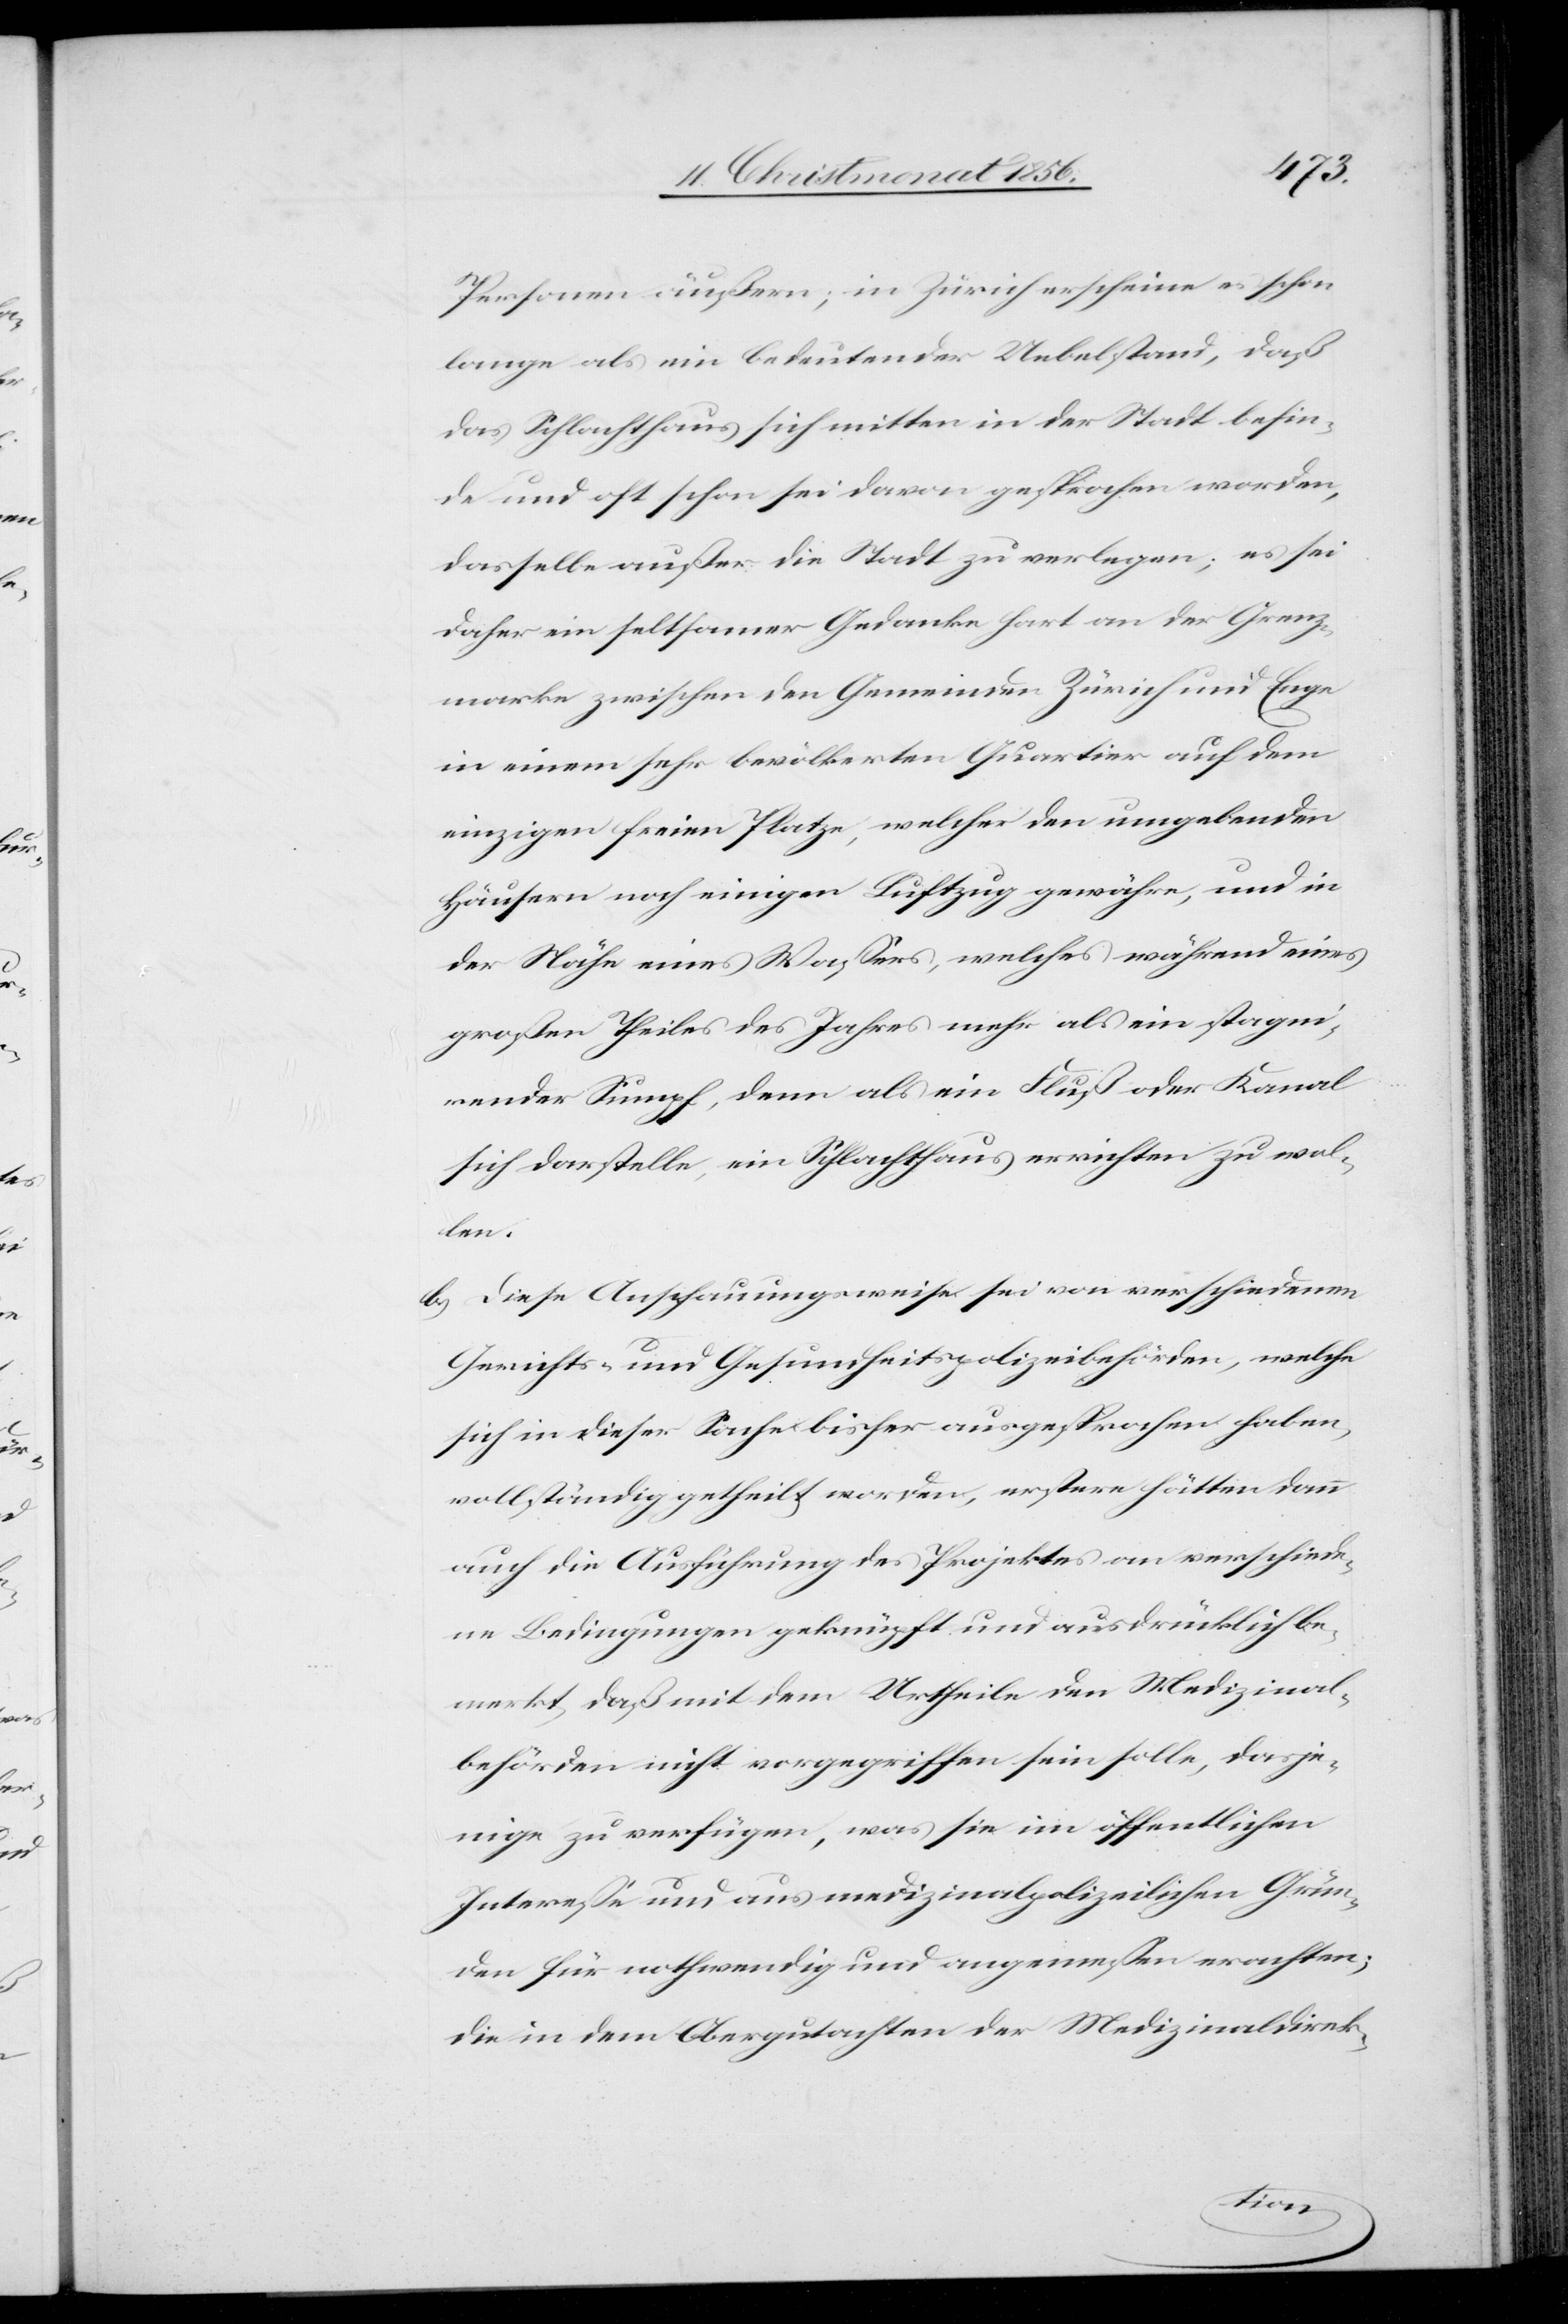
Personen äußern; in Zürich erscheine es schon
lange als ein bedeutender Uebelstand, daß
das Schlachthaus sich mitten in der Stadt befin¬
de und oft schon sei davon gesprochen worden,
dasselbe außer die Stadt zu verlegen; es sei
daher ein seltsamer Gedanke hart an der Grenz¬
marke zwischen den Gemeinden Zürich und Enge
in einem sehr bevölkerten Quartier auf dem
einzigen freien Platze, welcher den umgebenden
Häusern noch einigen Luftzug gewähre, und in
der Nähe eines Wassers, welches während eines
großen Theiles des Jahres mehr als ein stagni¬
render Sumpf, denn als ein Fluß oder Kanal
sich darstelle, ein Schlachthaus errichten zu wol¬
len.
b) Diese Anschauungsweise sei von verschiedenen
Gerichts- und Gesundheitspolizeibehörden, welche
sich in dieser Sache bisher ausgesprochen haben,
vollständig getheilt worden, erstere hätten dann
auch die Ausführung des Projektes an verschiede¬
ne Bedingungen geknüpft und ausdrücklich be¬
merkt, daß mit dem Urtheile den Medizinal¬
behörden nicht vorgegriffen sein solle, dasje¬
nige zu verfügen, was sie im öffentlichen
Interesse und aus medizinalpolizeilichen Grün¬
den für nothwendig und angemessen erachten;
die in dem Obergutachten der Medizinaldirek-